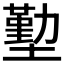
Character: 𭏶